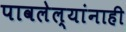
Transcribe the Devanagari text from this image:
पावलेल्यांनाही